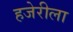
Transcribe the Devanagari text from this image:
हजेरीला